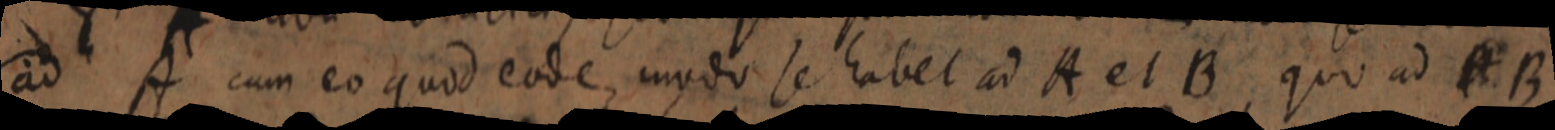
ad A cum eo quod eode, modo se habett ad A et B, quo ad A B